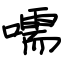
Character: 嚅